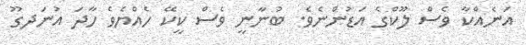
އަނެއްކާ ވެސް ލޫކްގެ އަޑުންނެވެ. ބުނާނީ ވެސް ކީކޭ ހެއްޔެވެ ހާދަ އުނަދގޫ